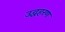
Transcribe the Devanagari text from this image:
उद्धहरण